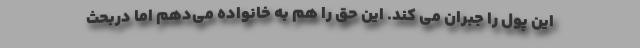
این پول را جبران می کند. این حق را هم به خانواده می‌دهم اما دربحث